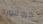
كروفورد